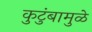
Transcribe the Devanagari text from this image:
कुटुंबामुळे